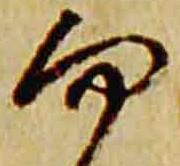
而